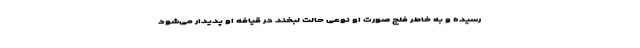
رسیده و به خاطر فلج صورت او نوعی حالت لبخند در قیافه او پدیدار می‌شود